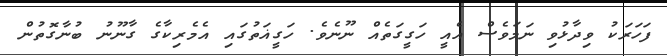
ފަހަރަކު ވިދާޅުވި ނަމަވެސް އެއީ ހަގީގަތެއް ނޫނެވެ. ހަގީޣަތުގައި އެމެރިކާގެ ގާނޫނު ބުނާގޮތުން